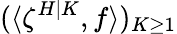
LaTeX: (\langle\zeta^{H|K},f\rangle)_{K\geq 1}